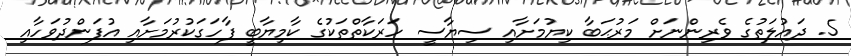
5. ދައުލަތުގެ ވެރިންނަށް މަރުޙަބާ ކިޔުމަށާއި ސިޔާސީ ހަރަކާތްތަކުގެ ކާމިޔާބީ ފާހަގަކުރުމަށާއި އުފަންދުވަހާއި